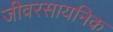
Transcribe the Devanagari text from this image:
जीवरसायनिक